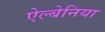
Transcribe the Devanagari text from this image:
ऐल्बेनिया